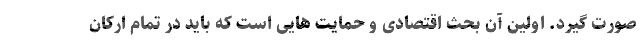
صورت گیرد. اولین آن بحث اقتصادی و حمایت هایی است که باید در تمام ارکان